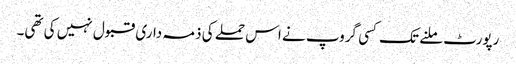
رپورٹ ملنے تک کسی گروپ نے اس حملے کی ذمہ داری قبول نہیں کی تھی۔